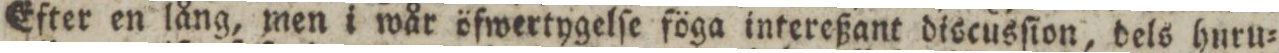
Efter en lång, men i wår öfwertygelſe föga intereßant discusſion, dels huru=